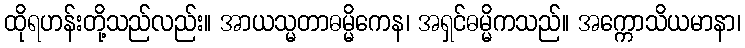
ထိုရဟန်းတို့သည်လည်း။ အာယသ္မတာဓမ္မိကေန၊ အရှင်ဓမ္မိကသည်။ အက္ကောသိယမာနာ၊